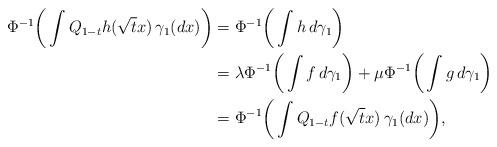
LaTeX: \begin{align*}\Phi^{-1}\bigg(\int Q_{1-t}h(\sqrt{t}x)\,\gamma_1(dx)\bigg) &=\Phi^{-1}\bigg(\int h\,d\gamma_1\bigg) \\ &=\lambda\Phi^{-1}\bigg(\int f\,d\gamma_1\bigg) +\mu\Phi^{-1}\bigg(\int g\,d\gamma_1\bigg) \\ &=\Phi^{-1}\bigg(\int Q_{1-t}f(\sqrt{t}x)\,\gamma_1(dx)\bigg),\end{align*}